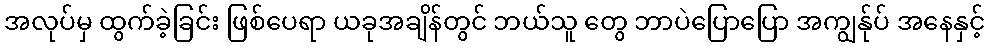
အလုပ်မှ ထွက်ခဲ့ခြင်း ဖြစ်ပေရာ ယခုအချိန်တွင် ဘယ်သူ တွေ ဘာပဲပြောပြော အကျွန်ုပ် အနေနှင့်